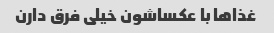
غذاها با عکساشون خیلی فرق دارن